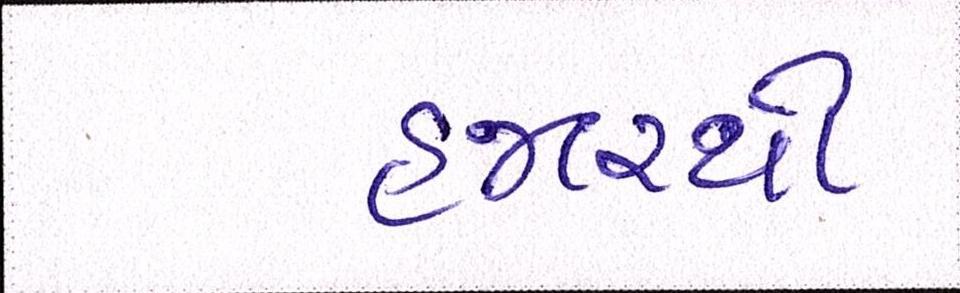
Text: હજારથી